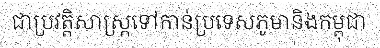
ជាប្រវត្តិសាស្ត្រទៅកាន់ប្រទេសភូមានិងកម្ពុជា